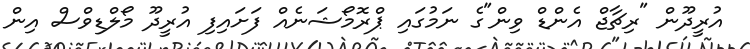
އުރީދޫން "ރިޗާޖް އެންޑް ވިން"ގެ ނަމުގައި ޕްރޮމޯޝަނެއް ފަށައިފި އުރީދޫ މޯލްޑިވްސް އިން